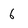
Character: 6